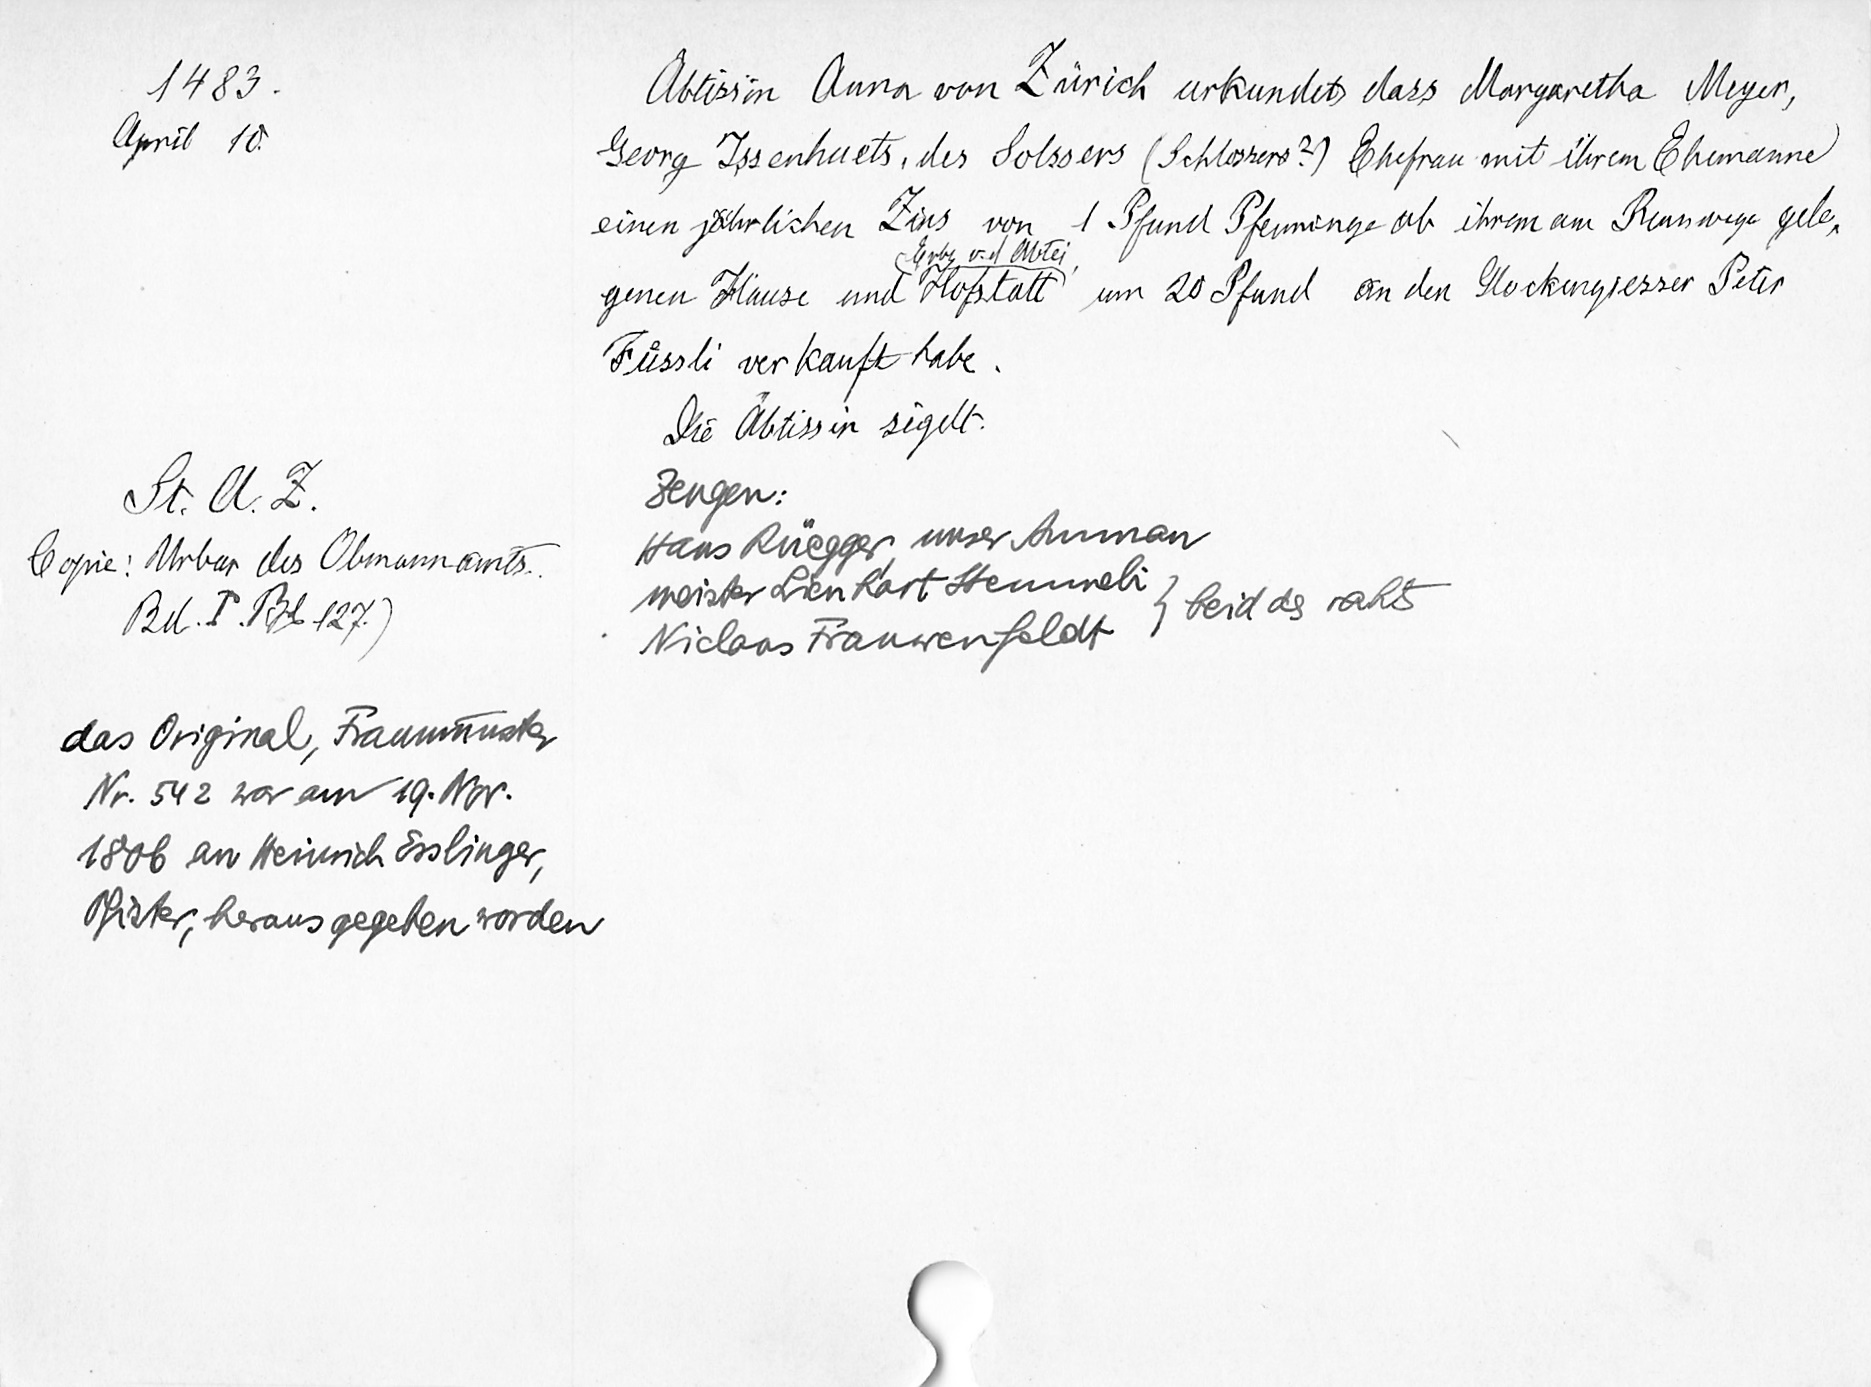
1483.
April 10.
St. A. Z.
Copie: Urbar des Obmannamts.
Bd. I. Bl. 127.)
das Original, Fraumünster
Nr. 542 war am 19. Nov.
1806 an Heinrich Esslinger,
Pfister, herausgegeben worden

Äbtissin Anna von Zürich urkundet, dass Margaretha Meyer,
Georg Issenhuets, des Solssers (Schlossers?) Ehefrau mit ihrem Ehemanne
einen jährlichen Zins von 1 Pfund Pfenninge ab ihrem am Rennwege gele¬
Erbe v. d. Abtei,
genen Hause und Hofstatt um 20 Pfund an den Glockengiesser Peter
Fuͤssli verkauft habe.
Die Äbtissin sigelt.
Zeugen:
Hans Rüegger unser Amman
meister Lienhart Stemmeli
beid ds rahts
Niclaas Frauwenfeldt